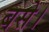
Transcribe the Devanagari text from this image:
बसेे।